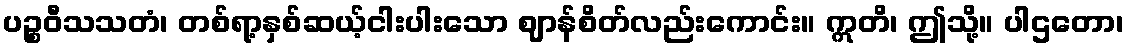
ပဉ္စဝီသသတံ၊ တစ်ရာ့နှစ်ဆယ့်ငါးပါးသော ဈာန်စိတ်လည်းကောင်း။ ဣတိ၊ ဤသို့။ ပါဌတော၊